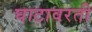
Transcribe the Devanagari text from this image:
घाटावरती